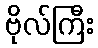
ဗိုလ်ကြီး